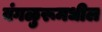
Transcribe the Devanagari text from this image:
बंगळुरूमधील